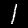
Label: 1